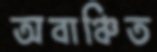
অবাঞ্চিত